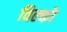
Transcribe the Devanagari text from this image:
विल्को